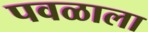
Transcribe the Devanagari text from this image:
पवळाला